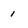
Character: 1